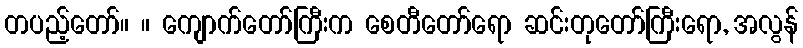
တပည့်တော်။ ။ ကျောက်တော်ကြီးက စေတီတော်ရော ဆင်းတုတော်ကြီးရော, အလွန်